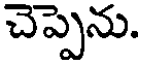
చెప్పెను.